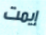
إيمت